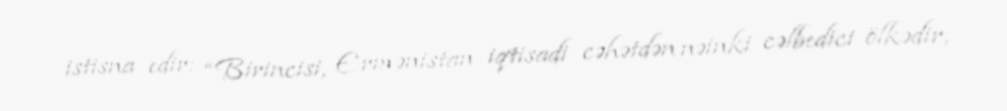
istisna edir: “Birincisi, Ermənistan iqtisadi cəhətdən nəinki cəlbedici ölkədir,